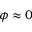
\phi \approx 0